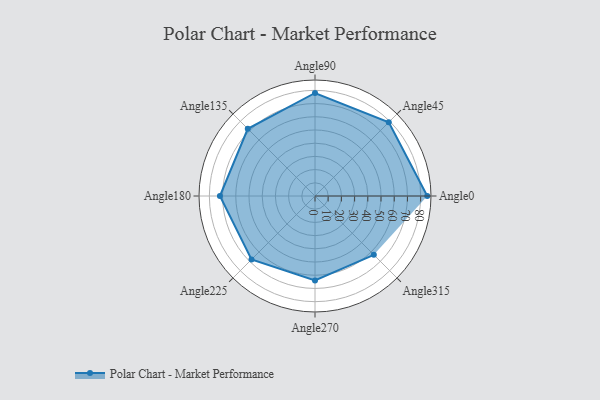
{"axis": {"x": "Angle", "y": "Radius"}, "legend": [""], "data": [{"x": "Angle0", "y": 85.0, "type": ""}, {"x": "Angle45", "y": 79.0, "type": ""}, {"x": "Angle90", "y": 78.0, "type": ""}, {"x": "Angle135", "y": 72.0, "type": ""}, {"x": "Angle180", "y": 72.0, "type": ""}, {"x": "Angle225", "y": 68.0, "type": ""}, {"x": "Angle270", "y": 64.0, "type": ""}, {"x": "Angle315", "y": 63.0, "type": ""}]}